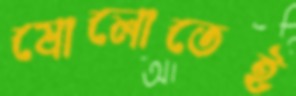
ষোলোতেই